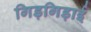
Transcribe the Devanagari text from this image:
गिड़गिड़ाई